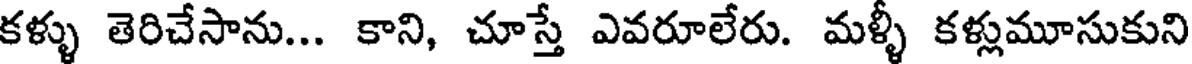
కళ్ళు తెరిచేసాను... కాని, చూస్తే ఎవరూలేరు. మళ్ళీ కళ్లుమూసుకుని